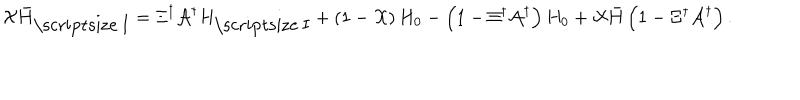
{ \cal X } { \bar { H } } _ { \mathrm { \scriptsize ~ I } } = \Xi ^ { \dagger } { \cal A } ^ { \dagger } H _ { \mathrm { \scriptsize ~ I } } + \left( 1 - { \cal X } \right) H _ { 0 } - \left( 1 - \Xi ^ { \dagger } { \cal A } ^ { \dagger } \right) H _ { 0 } + { \cal X } { \bar { H } } \left( 1 - \Xi ^ { \dagger } { \cal A } ^ { \dagger } \right) .